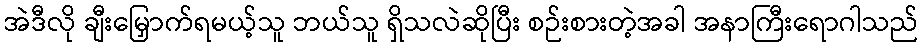
အဲဒီလို ချီးမြှောက်ရမယ့်သူ ဘယ်သူ ရှိသလဲဆိုပြီး စဉ်းစားတဲ့အခါ အနာကြီးရောဂါသည်